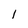
Character: I